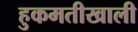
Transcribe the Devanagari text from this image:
हुकमतीखाली